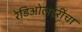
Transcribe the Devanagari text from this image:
रेडिओलहरींचा